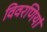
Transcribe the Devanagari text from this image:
विवरणियां